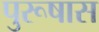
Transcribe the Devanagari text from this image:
पुरूषास